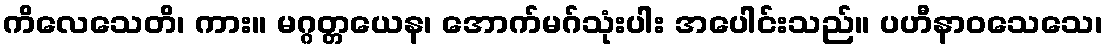
ကိလေသေတိ၊ ကား။ မဂ္ဂတ္တယေန၊ အောက်မဂ်သုံးပါး အပေါင်းသည်။ ပဟီနာဝသေသေ၊